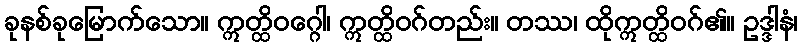
ခုနစ်ခုမြောက်သော။ ဣတ္ထိဝဂ္ဂေါ၊ ဣတ္ထိဝဂ်တည်း။ တဿ၊ ထိုဣတ္ထိဝဂ်၏။ ဥဒ္ဒါနံ၊